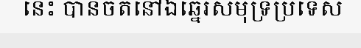
នេះ បានចតនៅឯឆ្នេរសមុទ្រប្រទេស